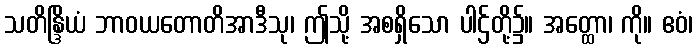
သတိန္ဒြိယံ ဘာဝယတောတိအာဒီသု၊ ဤသို့ အစရှိသော ပါဌ်တို့၌။ အတ္ထော၊ ကို။ ဧဝံ၊